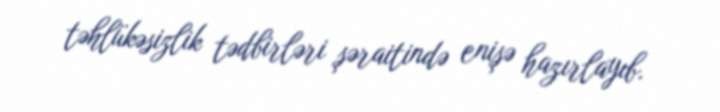
təhlükəsizlik tədbirləri şəraitində enişə hazırlayıb.